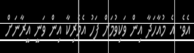
އެވެ. އެ މުއާހަދާ އިން ވަކިވުމަށް ފަހު އެމެރިކާ އިން ވަނީ އީރާނަށް